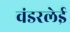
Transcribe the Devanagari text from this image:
वंडरलेई